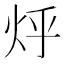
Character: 烀